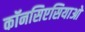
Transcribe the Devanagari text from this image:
कॉनसिएसियाओ